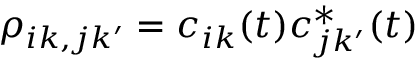
\rho _ { i k , j k ^ { \prime } } = c _ { i k } ( t ) c _ { j k ^ { \prime } } ^ { \ast } ( t )